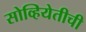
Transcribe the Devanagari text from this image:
सोव्हियेतीची